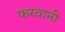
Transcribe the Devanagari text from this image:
फरवानी